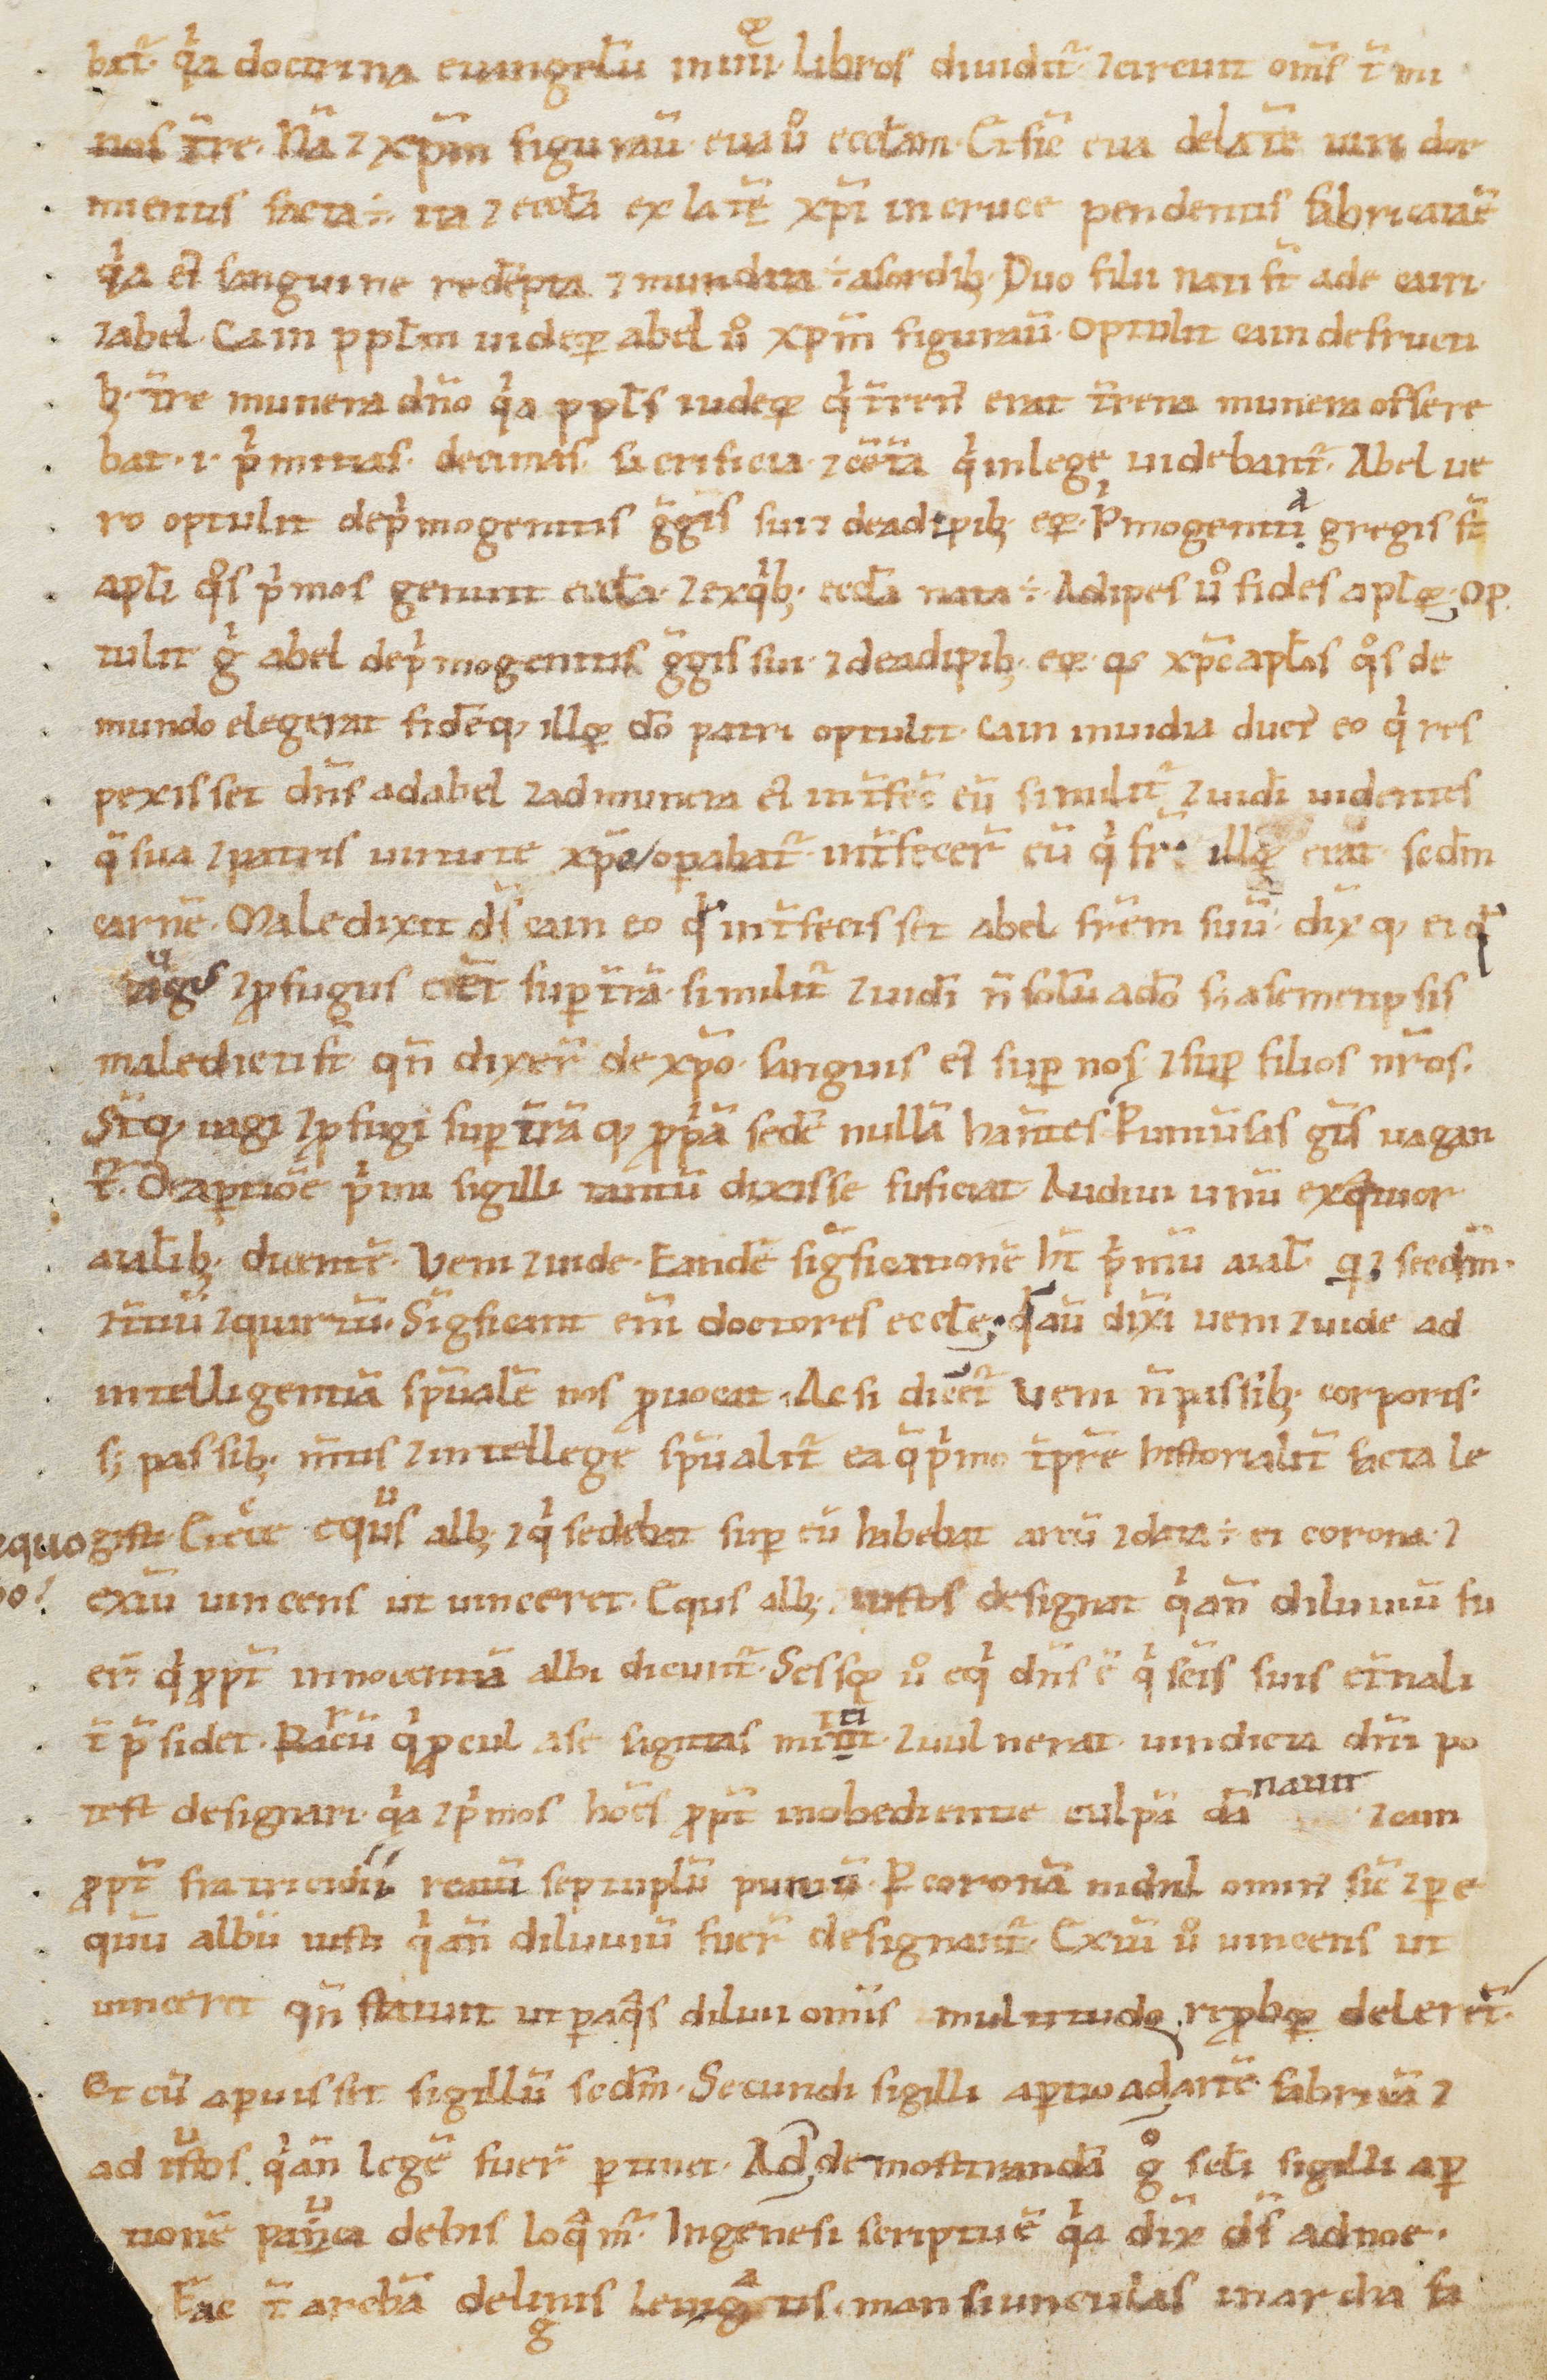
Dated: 1100–1199